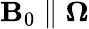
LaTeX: \mathbf B_{0}\parallel\boldsymbol\Omega